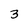
Character: 3